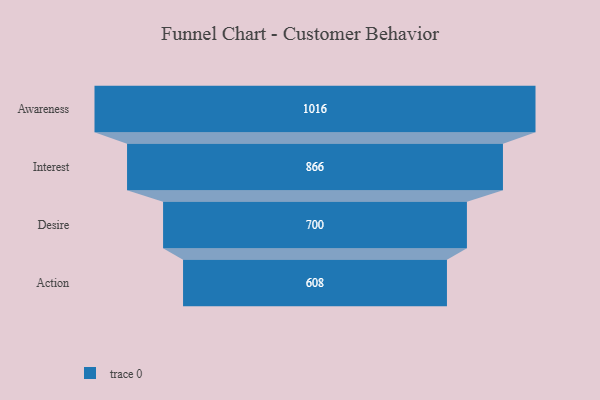
{"axis": {"x": "Stage", "y": "Value"}, "legend": [""], "data": [{"x": "Awareness", "y": 1016.0, "type": ""}, {"x": "Interest", "y": 866.0, "type": ""}, {"x": "Desire", "y": 700.0, "type": ""}, {"x": "Action", "y": 608.0, "type": ""}]}